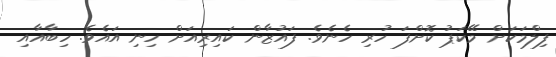
ފިލްމަކަށް މޭކަޕު ކޮށްފަ ހުރި ހެނެވެ. ފައުޒާން ކައިރިއަށް ހިނި އައެވެ. ހިބާއާއި